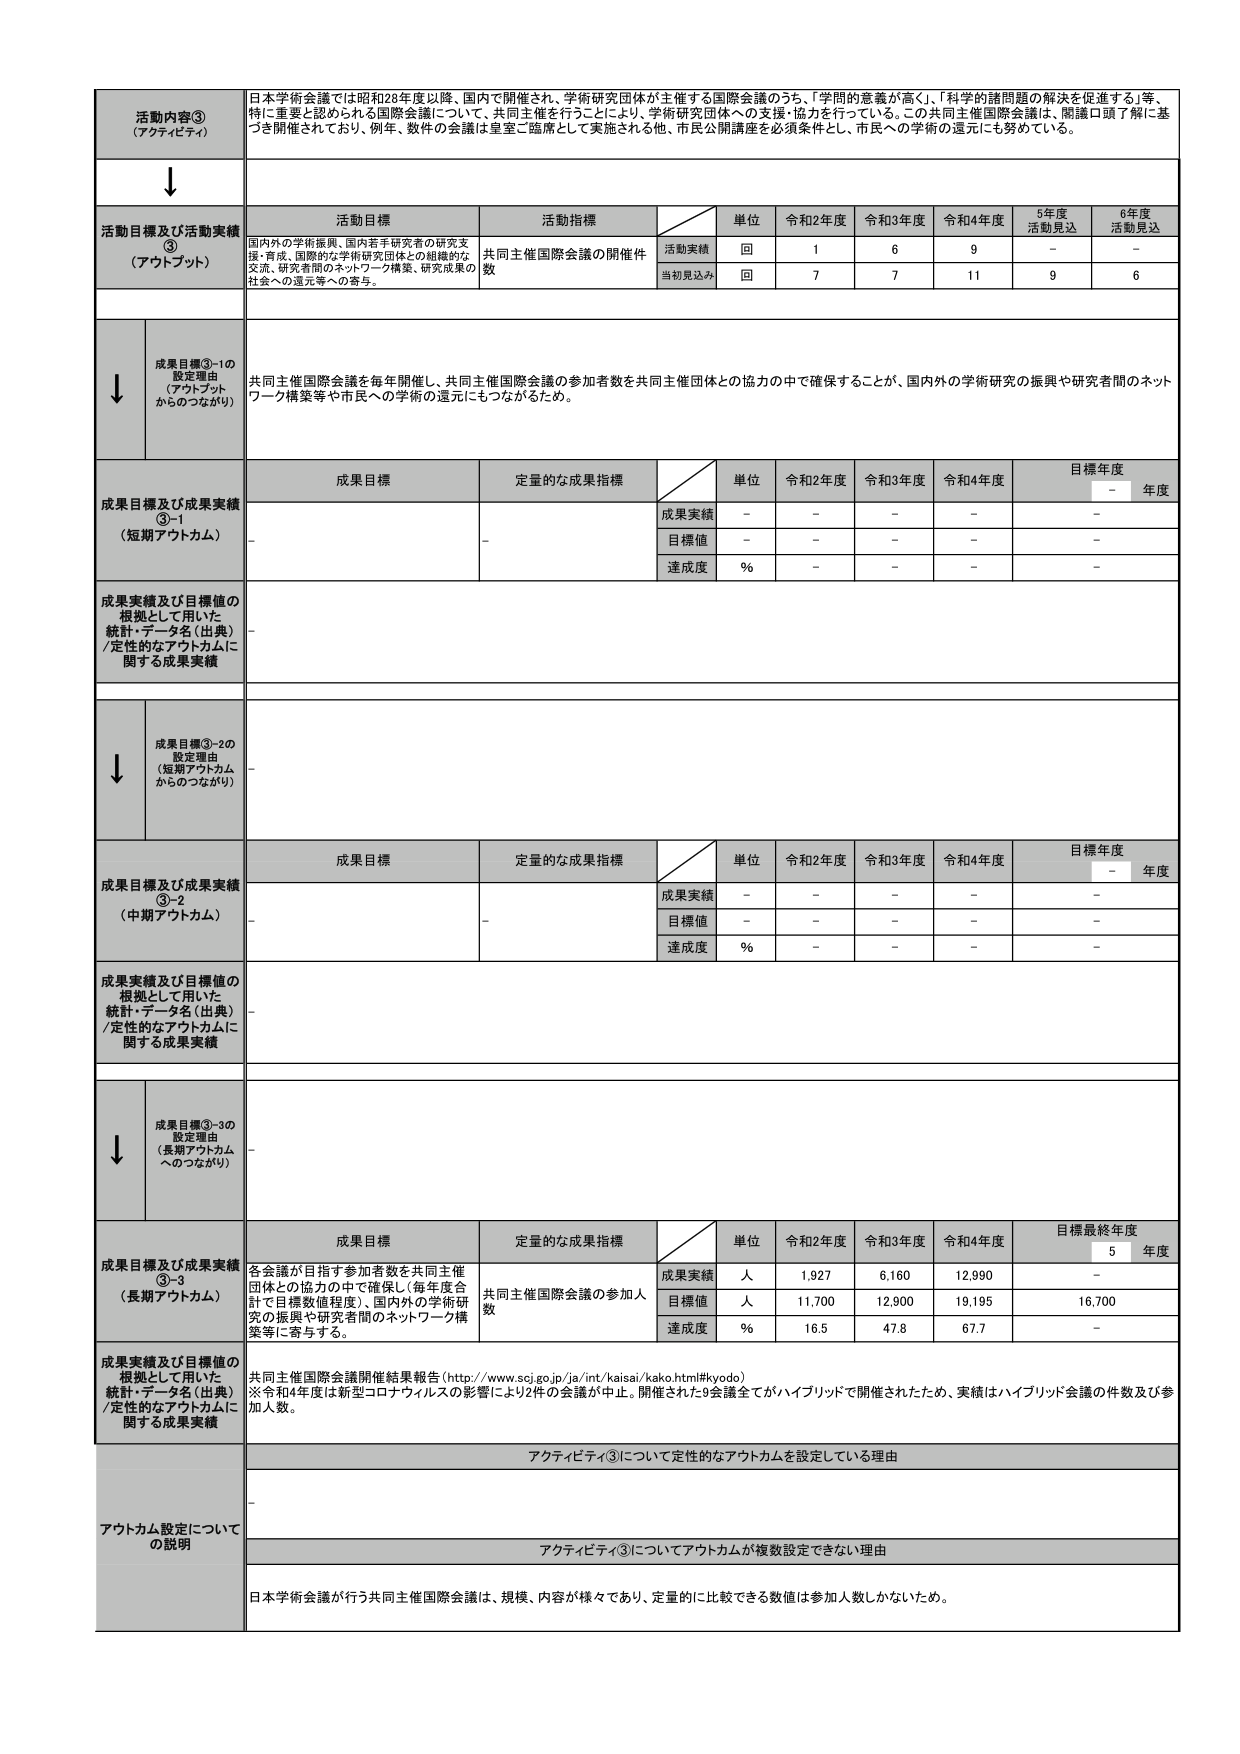
活動内容③
（アクティビティ）
日本学術会議では昭和28年度以降、国内で開催され、学術研究団体が主催する国際会議のうち、「学問の意義が高く」「科学的諸問題の解決を促進する」等、特に重要と認められる国際会議について、共同主催を行うことにより、学術研究団体への支援・協力を行っている。この共同主催国際会議は、開議口頭了解に基づき開催されており、例年、数件の会議は皇室ご臨席として実施される他、市民公開講座を必須条件とし、市民への学術の還元にも努めている。

↓

活動目標及び活動実績③
（アウトプット）
活動目標
活動指標
単位
令和2年度
令和3年度
令和4年度
5年度
活動見込
6年度
活動見込
国内外の学術振興、国内若手研究者の研究支援・育成、国際的な学術研究団体との組織的な交流、研究者間のネットワーク構築、研究成果の社会への還元等への寄与。
共同主催国際会議の開催件数
活動実績
回
1
6
9
－
－
当初見込み
回
7
7
11
9
6

↓
成果目標③-1の設定理由
（アウトプットからのつながり）
共同主催国際会議を毎年開催し、共同主催国際会議の参加者数を共同主催団体との協力の中で確保することが、国内外の学術研究の振興や研究者間のネットワーク構築等や市民への学術の還元にもつながるため。

成果目標及び成果実績③-1
（短期アウトカム）
成果目標
定量的な成果指標
単位
令和2年度
令和3年度
令和4年度
目標年度
－
年度
－
－
成果実績
－
－
－
－
－
目標値
－
－
－
－
－
達成度
%
－
－
－
－

成果実績及び目標値の根拠として用いた統計・データ名（出典）／定性的なアウトカムに関する成果実績
－

↓
成果目標③-2の設定理由
（短期アウトカムからのつながり）
－

成果目標及び成果実績③-2
（中期アウトカム）
成果目標
定量的な成果指標
単位
令和2年度
令和3年度
令和4年度
目標年度
－
年度
－
－
成果実績
－
－
－
－
－
目標値
－
－
－
－
－
達成度
%
－
－
－
－

成果実績及び目標値の根拠として用いた統計・データ名（出典）／定性的なアウトカムに関する成果実績
－

↓
成果目標③-3の設定理由
（長期アウトカムへのつながり）
－

成果目標及び成果実績③-3
（長期アウトカム）
成果目標
定量的な成果指標
単位
令和2年度
令和3年度
令和4年度
目標最終年度
5
年度
各会議が目指す参加者数を共同主催団体との協力の中で確保し（毎年度合計で目標数値程度）、国内外の学術研究の振興や研究者間のネットワーク構築等に寄与する。
共同主催国際会議の参加人数
成果実績
人
1,927
6,160
12,990
－
目標値
人
11,700
12,900
19,195
16,700
達成度
%
16.5
47.8
67.7
－

成果実績及び目標値の根拠として用いた統計・データ名（出典）／定性的なアウトカムに関する成果実績
共同主催国際会議開催結果報告（http://www.scj.go.jp/ja/int/kaisai/kako.html#kyodo）
※令和4年度は新型コロナウイルスの影響により2件の会議が中止。開催された9会議全てがハイブリッドで開催されたため、実績はハイブリッド会議の件数及び参加人数。

アウトカム設定についての説明
アクティビティ③について定性的なアウトカムを設定している理由
－
アクティビティ③についてアウトカムが複数設定できない理由
日本学術会議が行う共同主催国際会議は、規模、内容が様々であり、定量的に比較できる数値は参加人数しかないため。